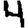
Digit: 4